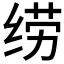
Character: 𱺣